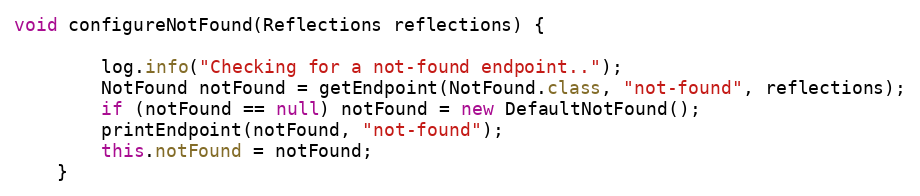
Language: Java
void configureNotFound(Reflections reflections) {

        log.info("Checking for a not-found endpoint..");
        NotFound notFound = getEndpoint(NotFound.class, "not-found", reflections);
        if (notFound == null) notFound = new DefaultNotFound();
        printEndpoint(notFound, "not-found");
        this.notFound = notFound;
    }